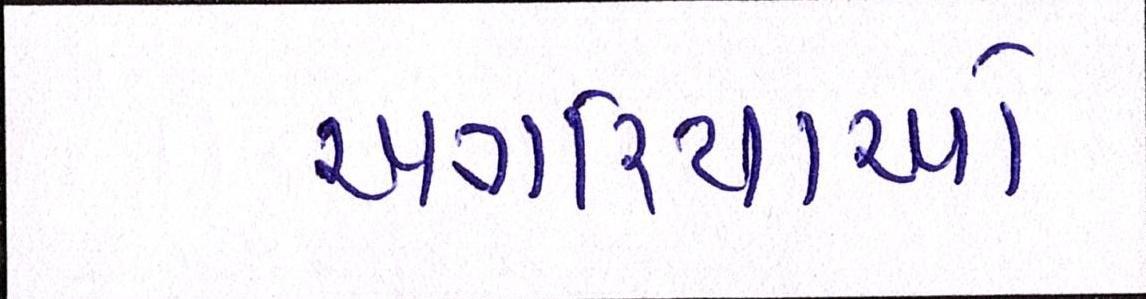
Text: અગરિયાઓ